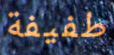
طفيفة